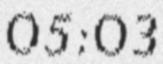
05:03